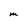
Character: M